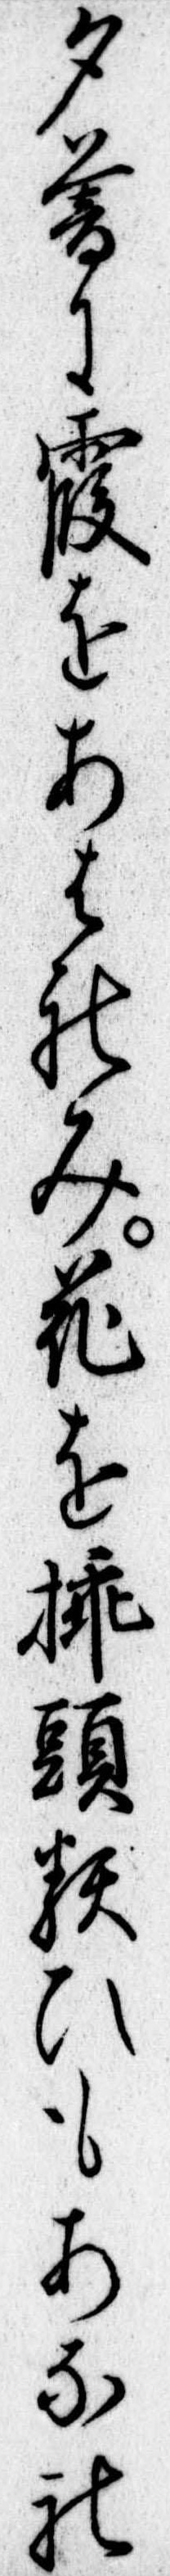
夕暮に霞をあはれみ花を挿頭類ひもあなれ